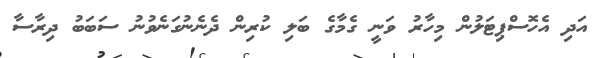
އަދި އެހޮސްޕިޓަލުން މިހާރު ވަނީ ގެމާގެ ބަލި ކުރިން ދެނެނުގަނެވުނު ސަބަބު ދިރާސާ